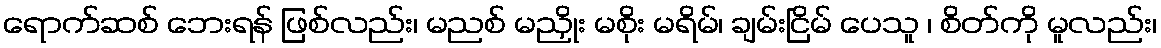
ရောက်ဆစ် ဘေးရန် ဖြစ်လည်း၊ မညစ် မညှိုး မစိုး မရိမ်၊ ချမ်းငြိမ် ပေသူ ၊ စိတ်ကို မူလည်း၊